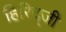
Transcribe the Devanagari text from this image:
हिरिद्जी